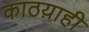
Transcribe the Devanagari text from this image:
काठय़ाही